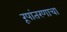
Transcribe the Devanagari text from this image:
रूपांतरणाचा